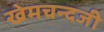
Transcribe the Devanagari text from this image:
खेमचन्दजी